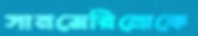
সানমেরিনোকে